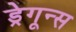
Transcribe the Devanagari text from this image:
ड्रेगून्स